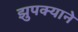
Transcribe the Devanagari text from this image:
झुपक्याने